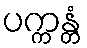
ပက္ကန္တံ